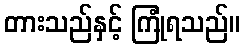
တားသည်နှင့် ကြုံရသည်။